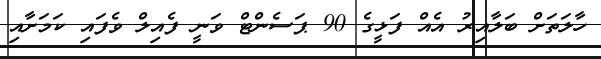
ހާލަތަށް ބަލާއިރު އެއް ފަޅީގެ 90 ޕަސެންޓް ވަނީ ފެއިލް ވެފައި ކަމަށާއި